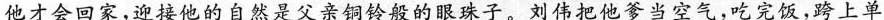
他才会回家，迎接他的自然是父亲铜铃般的眼珠子，刘伟把他爹当空气，吃完饭，跨上单